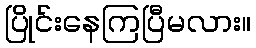
ပြိုင်းနေကြပြီမလား။